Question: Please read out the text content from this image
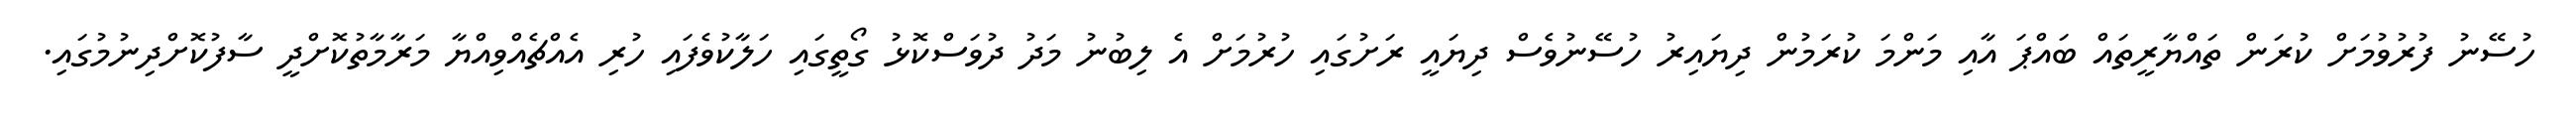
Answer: ހުސޭނު ފުރުވުމަށް ކުރަން ތައްޔާރީތައް ބައްޕަ އާއި މަންމަ ކުރަމުން ދިޔައިރު ހުސޭނުވެސް ދިޔައީ ރަށުގައި ހުރުމަށް އެ ލިބުނު މަދު ދުވަސްކޮޅު ގޯތީގައި ހަލާކުވެފައި ހުރި އެއްޗެއްވިއްޔާ މަރާމާތުކޮށްދީ ސާފުކޮށްދިނުމުގައި.